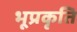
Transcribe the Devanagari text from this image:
भूप्रकृति